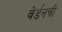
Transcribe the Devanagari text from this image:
वेर्डनची